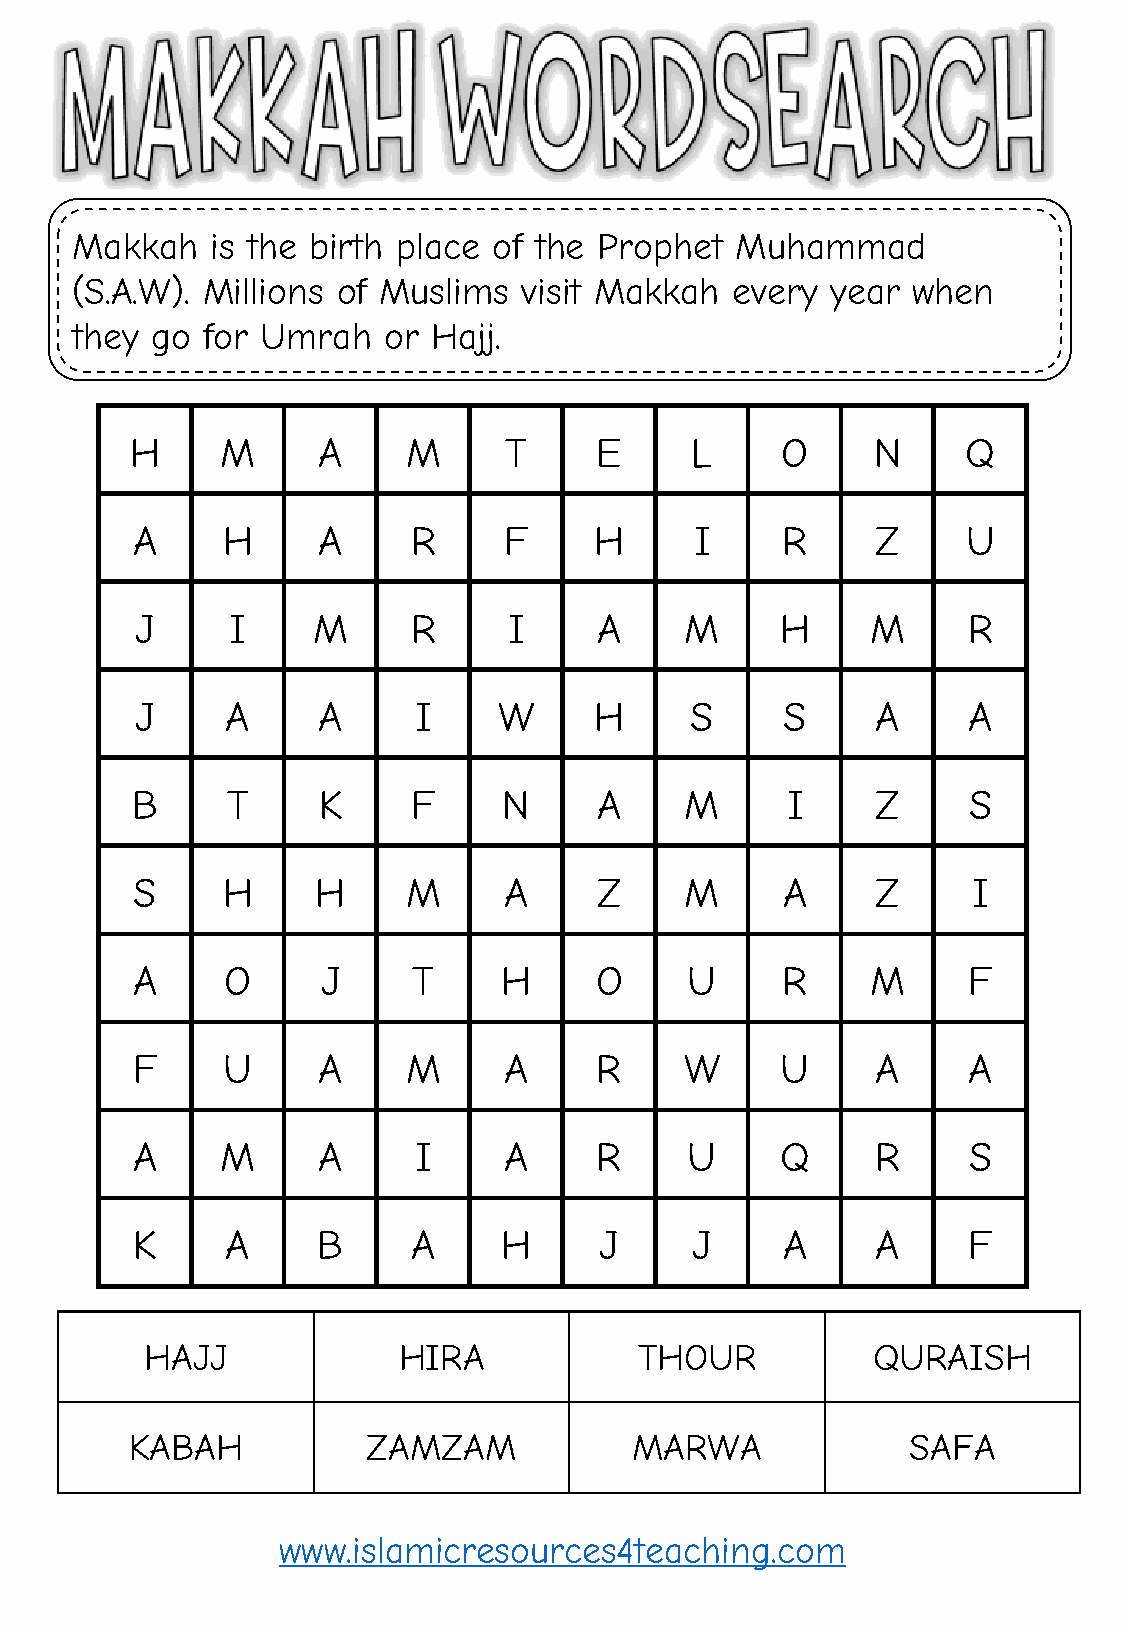
Makkah   is the birth place of the Prophet  Muhammad
 (S.A.W). Millions of Muslims  visit Makkah  every year when
 they go for Umrah   or  Hajj.
 H     M     A     M     T     E      L     O     N     Q
 A     H     A     R     F     H      I     R     Z     U
 J     I     M     R      I     A    M      H     M     R
 J     A     A     I     W     H      S     S     A     A
 B     T     K     F     N      A    M      I     Z     S
 S     H     H     M     A      Z    M      A     Z     I
 A     O     J     T     H     O      U     R     M     F
 F     U     A     M     A     R     W      U     A     A
 A     M     A     I     A     R      U     Q     R     S
 K     A     B     A     H      J     J     A     A     F
 HAJJ            HIRA            THOUR           QURAISH
 KABAH          ZAMZAM            MARWA             SAFA
 www.islamicresources4teaching.com